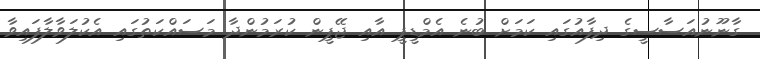
ގާނޫނުއަސާސީގެ ދިފާއުގައި ކަމަށް ބުނެ އެމްޑީޕީ އާއި ޖޭޕީން ކުރަމުންދާ މަސައްކަތުގައި އެކުލަވާލާފައިވާ